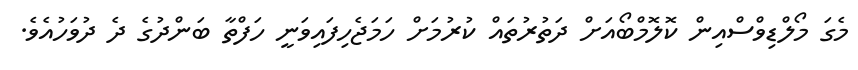
މެގަ މޯލްޑިވްސްއިން ކޮލޮމްބޯއަށް ދަތުރުތައް ކުރުމަށް ހަމަޖެހިފައިވަނީ ހަފްތާ ބަންދުގެ ދެ ދުވަހުއެވެ.